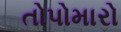
તોપોમારો